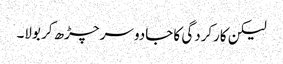
لیکن کارکردگی کا جادو سر چڑھ کر بولا۔